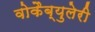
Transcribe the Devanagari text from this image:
वोकैब्युलेरी